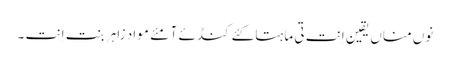
نوں مناں یقین اِنت تی ماہتاکئے کنڈئے آ مئے مواد زاہر بنت اِنت ۔